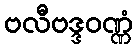
ဗလီဗဒ္ဒဝဏ္ဏံ